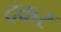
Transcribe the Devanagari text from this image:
दकर